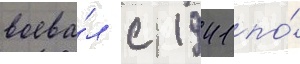
воева́л с 1941 по́